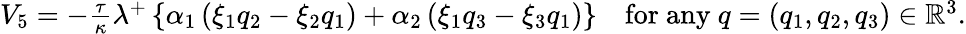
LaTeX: \begin{array}{r}{V_{5}=-\frac{\tau}{\kappa}\lambda^{+}\left\lbrace\alpha_{1}\left(\xi_{1}q_{2}-\xi_{2}q_{1}\right)+\alpha_{2}\left(\xi_{1}q_{3}-\xi_{3}q_{1}\right)\right\rbrace\quad\mathrm{for~any}~q=(q_{1},q_{2},q_{3})\in\mathbb{R}^{3}.}\end{array}